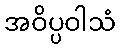
အဝိပ္ပဝါသံ